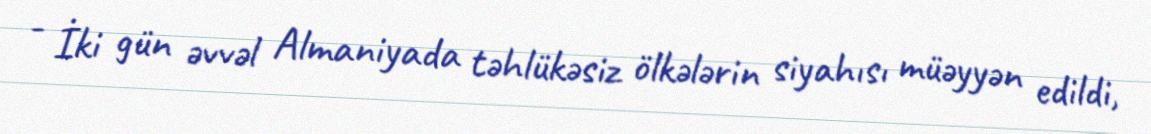
- İki gün əvvəl Almaniyada təhlükəsiz ölkələrin siyahısı müəyyən edildi,